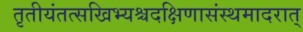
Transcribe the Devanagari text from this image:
तृतीयंतत्सखिभ्यश्चदक्षिणासंस्थमादरात्